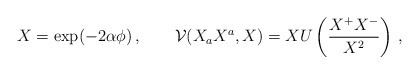
\begin{align*}X=\exp (-2\alpha \phi )\,,\qquad \mathcal{V}(X_aX^a,X)= XU\left( \frac{X^+X^-}{X^2} \right)\,,\end{align*}